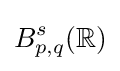
B_{p,q}^{s}(\mathbb {R} )